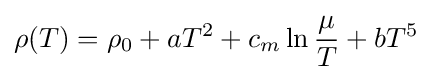
\rho (T)=\rho _{0}+aT^{2}+c_{m}\ln {\frac {\mu }{T}}+bT^{5}